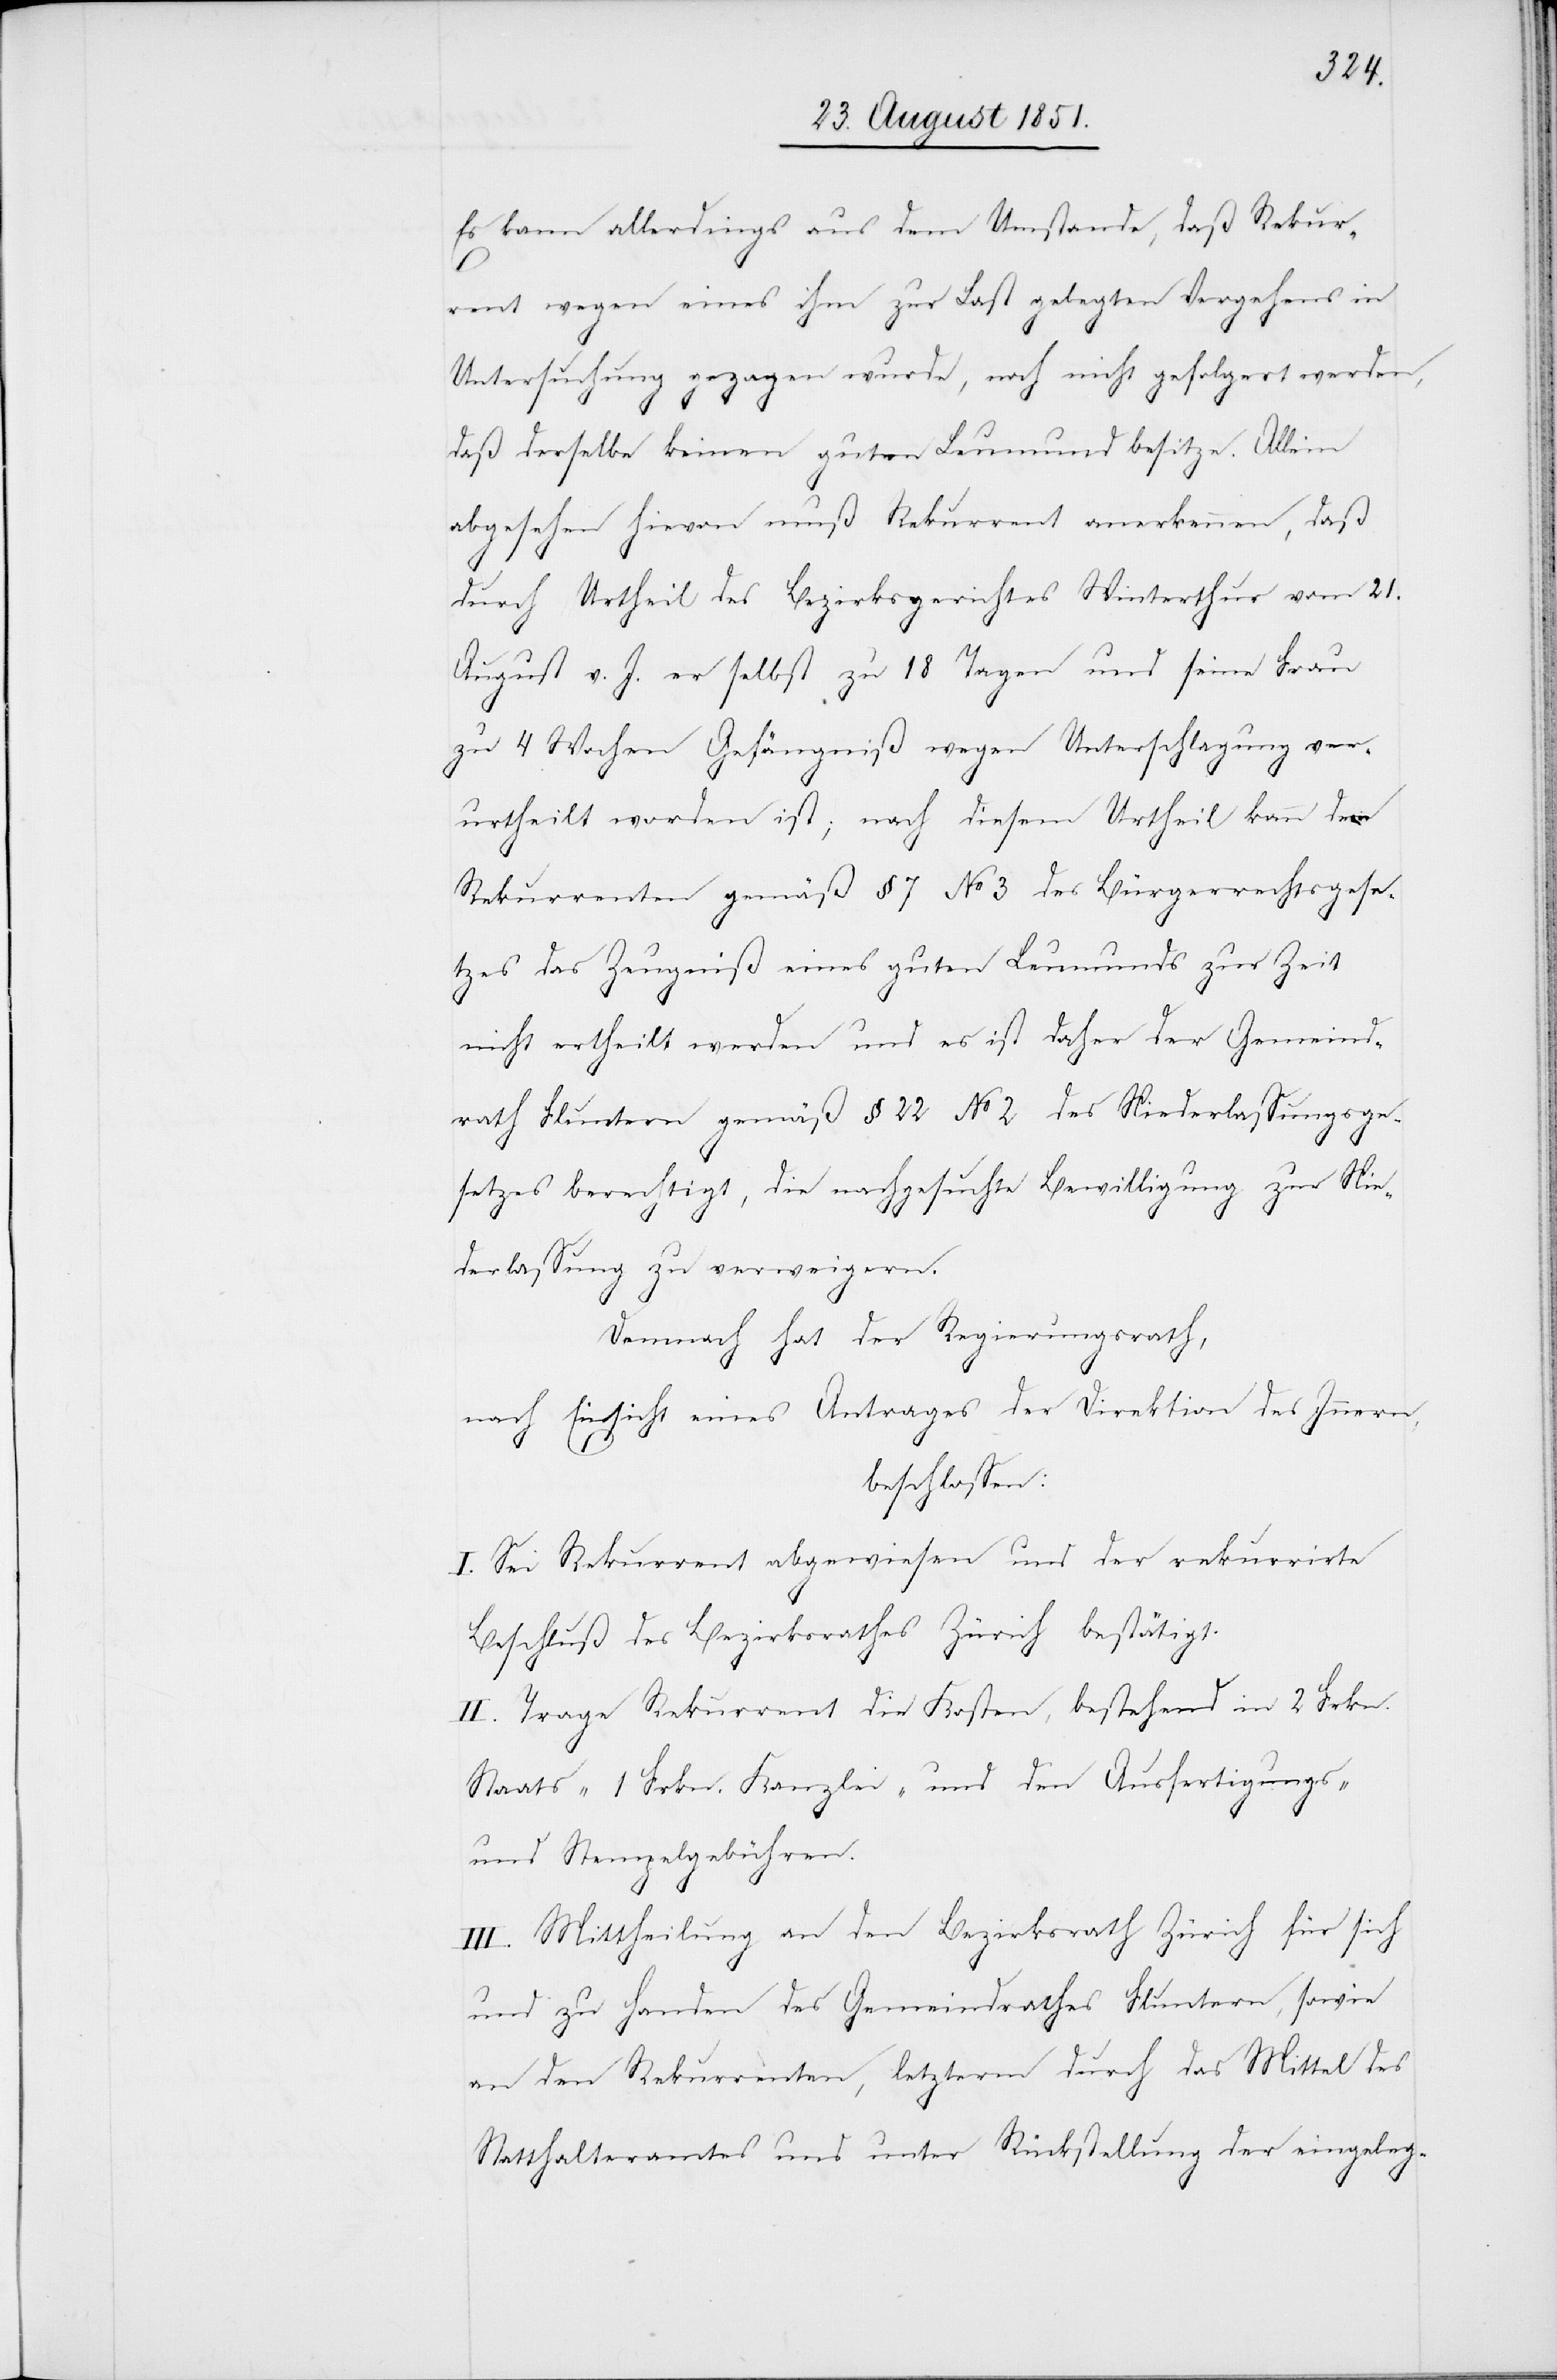
Es kann allerdings aus dem Umstande, daß Rekur¬
rent wegen eines ihm zur Last gelegten Vergehens in
Untersuchung gezogen wurde, noch nicht gefolgert werden,
daß derselbe keinen guten Leumund besitze. Allein
abgesehen hievon muß Rekurrent anerkennen, daß
durch Urtheil des Bezirksgerichtes Winterthur vom 21.
August v. J. er selbst zu 18 Tagen und seine Frau
zu 4 Wochen Gefängniß wegen Unterschlagung ver¬
urtheilt worden ist; nach diesem Urtheil kann dem
Rekurrenten gemäß § 7 No 3 des Bürgerrechtsgese¬
tzes das Zeugniß eines guten Leumunds zur Zeit
nicht ertheilt werden und es ist daher der Gemeind¬
rath Fluntern gemäß § 22 No 2 des Niederlassungsge¬
setzes berechtigt, die nachgesuchte Bewilligung zur Nie¬
derlassung zu verweigern.
Demnach hat der Regierungsrath,
nach Einsicht eines Antrages der Direktion des Innern,
beschlossen:
I. Sei Rekurrent abgewiesen und der rekurrirte
Beschluß des Bezirksrathes Zürich bestätigt.
II. Trage Rekurrent die Kosten, bestehend in 2 Frkn.
Staats-[,] 1 Frkn. Kanzlei- und den Ausfertigungs-
und Stempelgebühren.
III. Mittheilung an den Bezirksrath Zürich für sich
und zu Handen des Gemeindrathes Fluntern, sowie
an den Rekurrenten, letzterm durch das Mittel des
Statthalteramtes und unter Rückstellung der eingeleg-